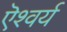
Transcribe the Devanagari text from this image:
ऎश्वर्य